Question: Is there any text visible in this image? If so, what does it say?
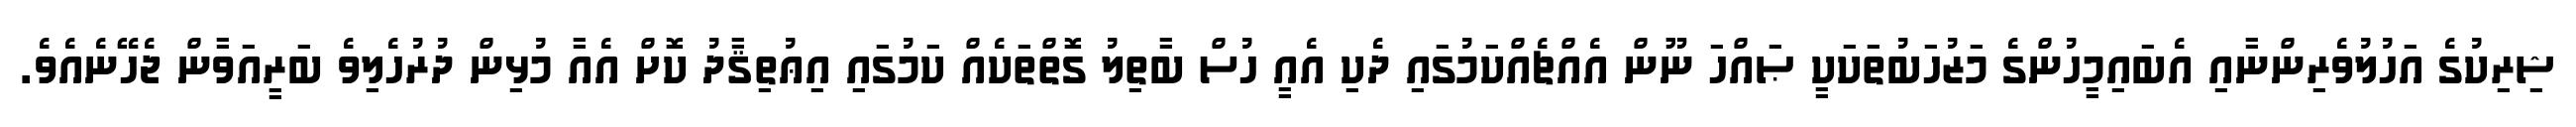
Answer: ޝިރިކުގެ އަހުލުވެރިންނާއި އެބައިމީހުންގެ މަޒުހަބުތަކަކީ ޞައްހަ ނޫން އެއްޗެއްކަމުގައި ދެކި އެއީ ހުސް ބާތިލު ގޮތްތަކެއް ކަމުގައި އިޢުތިޤާދު ކޮށް އެއާ މުޅިން ދުރުހެލިވެ ބަރީއަވާން ޖެހޭނެއެވެ.